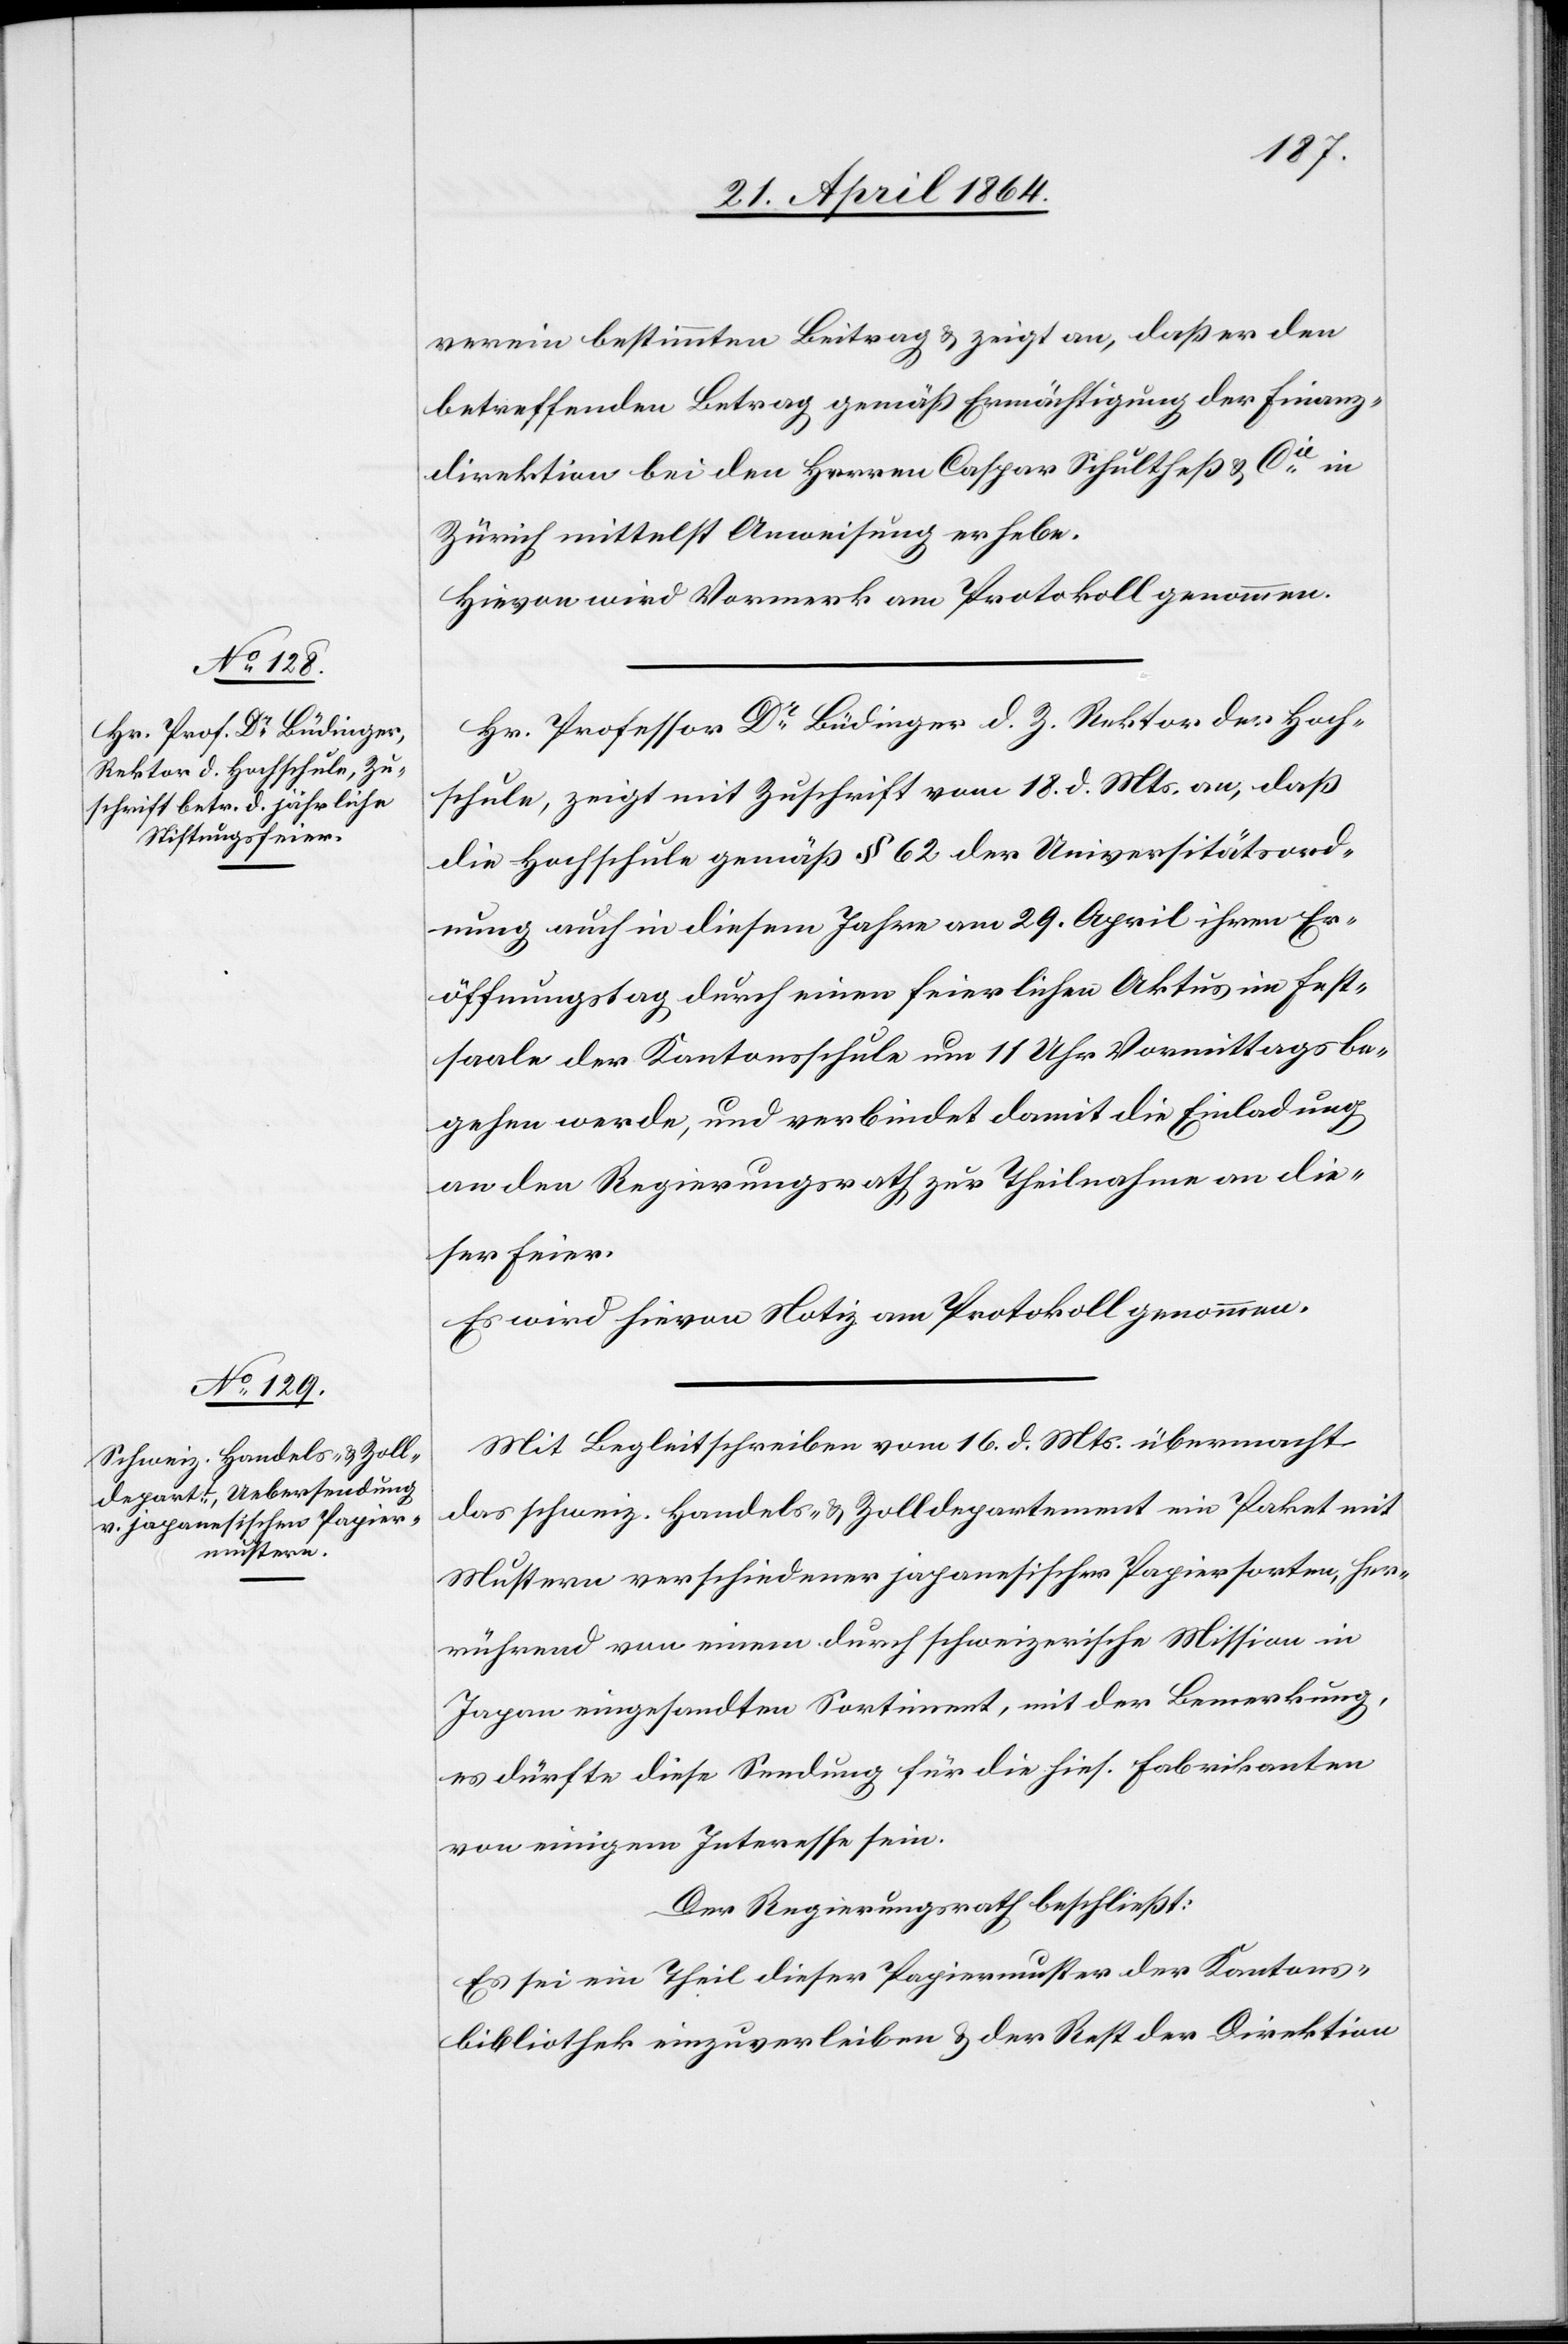
verein bestimmten Beitrag u. zeigt an, daß er den
betreffenden Betrag gemäß Ermächtigung der Finanz¬
direktion bei den Herren Caspar Schultheß & Cie in
Zürich mittelst Anweisung erhebe.
Hievon wird Vormerk am Protokoll genommen.
Hr. Professor Dr Büdinger d. Z. Rektor der Hoch¬
schule, zeigt mit Zuschrift vom 18. d. Mts. an, daß
die Hochschule gemäß § 62 der Universitätsord¬
nung auch in diesem Jahre am 29. April ihren Er¬
öffnungstag durch einen feierlichen Aktus im Fest¬
saale der Kantonsschule um 11 Uhr Vormittags be¬
gehen werde, und verbindet damit die Einladung
an den Regierungsrath zur Theilnahme an de¬
r Feier.
Es wird hievon Notiz am Protokoll genommen.
Mit Begleitschreiben vom 16. d. Mts. übermacht
das schweiz. Handels- u. Zolldepartement ein Paket mit
Mustern verschiedener japanischer Papiersorten, her¬
rührend von einem durch schweizerische Mission in
Japan eingesandten Sortiment, mit der Bemerkung,
es dürfte diese Sendung für die hies. Fabrikanten
von einigem Interesse sein.
Der Regierungsrath beschließt:
Es sei ein Theil dieser Papiermuster der Kantons¬
bibliothek einzuverleiben u. der Rest der Direktion